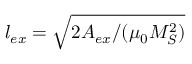
l _ { e x } = \sqrt { 2 A _ { e x } / ( \mu _ { 0 } M _ { S } ^ { 2 } ) }